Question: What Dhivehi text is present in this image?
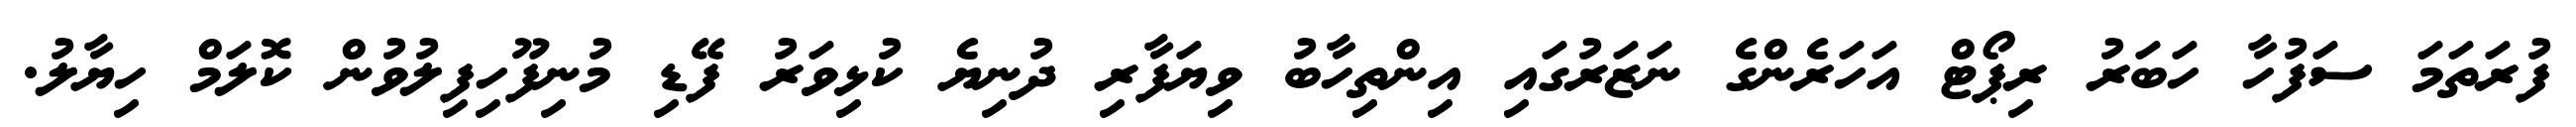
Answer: ފުރަތަމަ ސަފުހާ ހަބަރު ރިޕޯޓް އަހަރެންގެ ނަޒަރުގައި އިންތިހާބު ވިޔަފާރި ދުނިޔެ ކުޅިވަރު ފޭޑި މުނިފޫހިފިލުވުން ކޮލަމް ހިޔާލު.